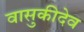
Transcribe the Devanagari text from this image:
वासुकीदेव